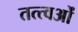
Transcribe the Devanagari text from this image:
तत्त्वओं